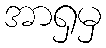
အာရှမှ